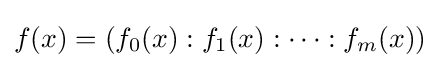
f(x)=(f_{0}(x):f_{1}(x):\dots :f_{m}(x))